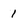
Character: 1